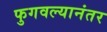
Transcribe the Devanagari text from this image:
फुगवल्यानंतर